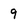
Character: 9